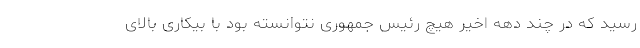
رسید که در چند دهه اخیر هیچ رئیس جمهوری نتوانسته بود با بیکاری بالای